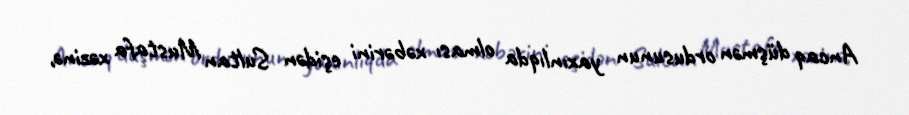
Ancaq düşmən ordusunun yaxınlıqda olması xəbərini eşidən Sultan Mustafa xəzinə,